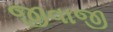
જીવાજી